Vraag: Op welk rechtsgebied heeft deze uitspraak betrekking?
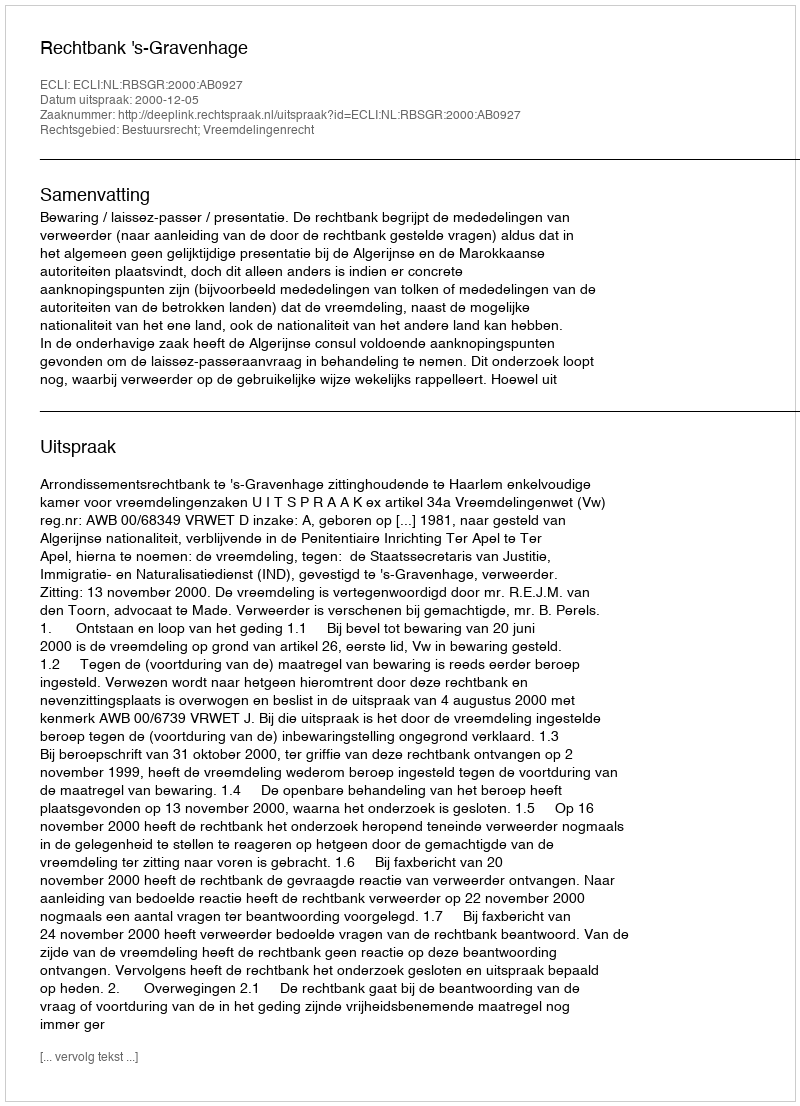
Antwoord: Bestuursrecht; Vreemdelingenrecht